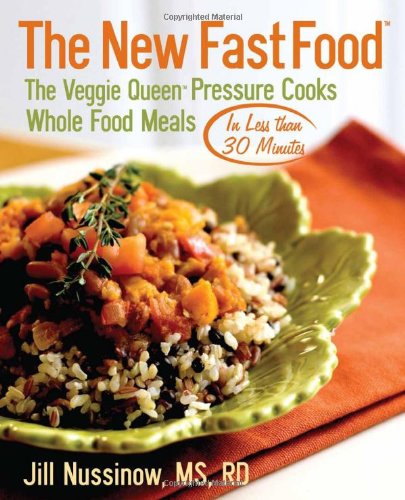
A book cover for The New Fast Food: The Veggie Queen Pressure Cooks Whole Food Meals in Less than 30 MInutes; Jill Nussinow; Cookbooks, Food & Wine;